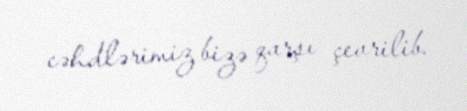
cəhdlərimiz bizə qarşı çevrilib.